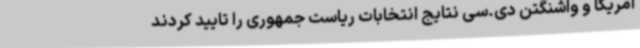
آمریکا و واشنگتن دی.سی نتایج انتخابات ریاست جمهوری را تایید کردند